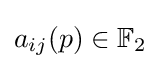
a_{ij}(p)\in \mathbb {F} _{2}